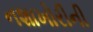
નશાખોરીની